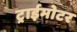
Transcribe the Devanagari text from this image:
ट्राईमोटर